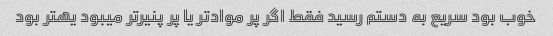
خوب بود سریع به دستم رسید فقط اگر پر مواد‌تر یا پر پنیر‌تر میبود یهتر بود